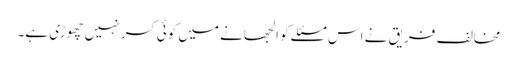
مخالف فریق نے اس مسئلے کو الجھانے میں کوئی کسر نہیں چھوڑی ہے۔